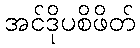
အင်ဒိုပစိဖိတ်